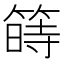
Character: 𥱯